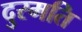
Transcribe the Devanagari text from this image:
दुरमति